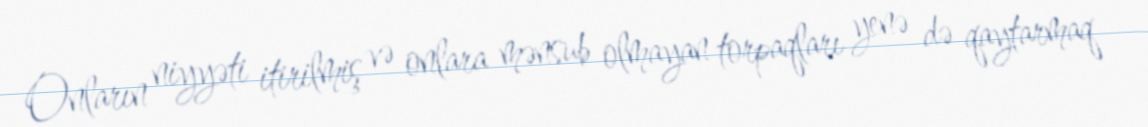
Onların niyyəti itirilmiş və onlara mənsub olmayan torpaqları yenə də qaytarmaq